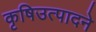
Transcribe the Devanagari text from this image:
कृषिउत्पादने